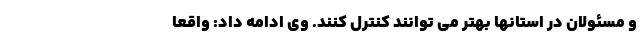
و مسئولان در استانها بهتر می توانند کنترل کنند. وی ادامه داد: واقعا